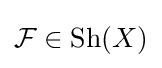
{\mathcal {F}}\in {\text{Sh}}(X)